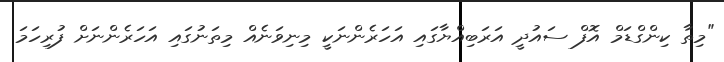
"މިތާ ކިންގްޑަމް އޮފް ސައުދީ އަރަބިއްޔާގައި އަހަރެންނަކީ މިނިވަނެއް މިތަނުގައި އަހަރެންނަށް ފުރިހަމަ